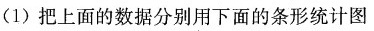
(1)把上面的数据分别用下面的条形统计图